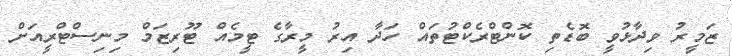
ޒަމީރު ވިދާޅުވީ ބޮޑެތި ކޮންޓްރެކްޓުތައް ހަދާ އިރު މީރާގެ ޓީމެއް ޓޫރިޒަމް މިނިސްޓްރީއަށް